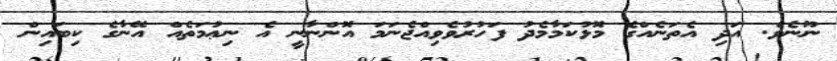
ނޫނެވެ. އަދި އެތަނެއްގެ މޮޅުކަމާމެދު ފަހުރުވެވިއްޖެނަމަ އޮންނާނީ އެ ނިޢުމަތެއް އޭނާގެ ކިބައިން